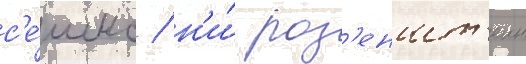
с'е́шнс / н'и́ роз'еншт'еин